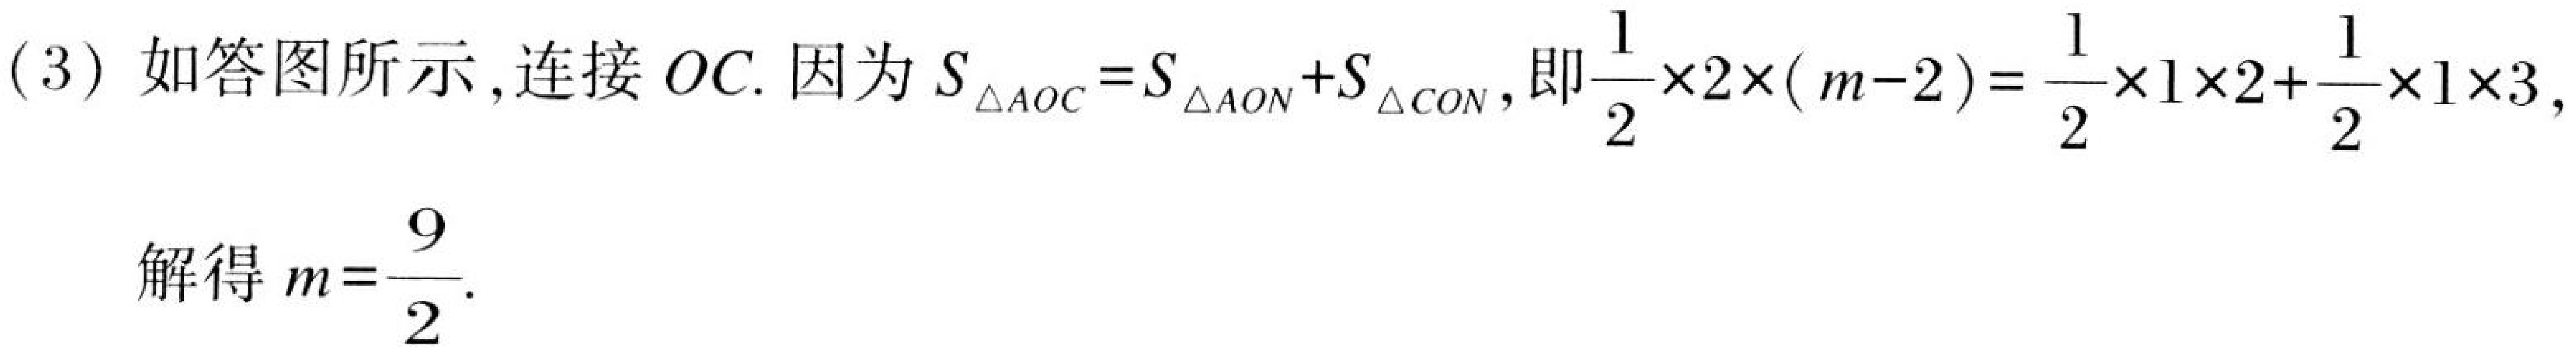
(3) 如答图所示,连接 \(OC\). 因为 \(S_{\triangle AOC}=S_{\triangle AON}+S_{\triangle CON}\),即\(\frac{1}{2}\times2\times(m - 2)=\frac{1}{2}\times1\times2+\frac{1}{2}\times1\times3\),

解得 \(m=\frac{9}{2}\).